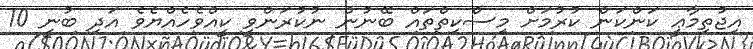
އިޖުތިމާޢީ ކަންކަން ކުރުމަށް މިސްކިތްތައް ބޭނުން ނުކުރަންވީ ކީއްވެހެއްޔެވެ އަދި ބުނީ 10